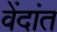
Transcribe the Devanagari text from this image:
वेंदांत